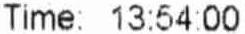
TIME: 13:54:00